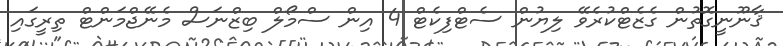
ޤާނޫނީގޮތުން ގެޒެޓްކުރެވޭ ލިޔުން ސެޓްފިކެޓް 4 އިން ސްމޯލް ބިޒްނަސް މެނޭޖްމަންޓް ތިރީގައި